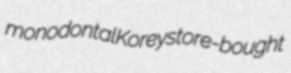
monodontal Korey store-bought